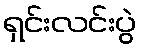
ရှင်းလင်းပွဲ